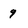
Character: 9